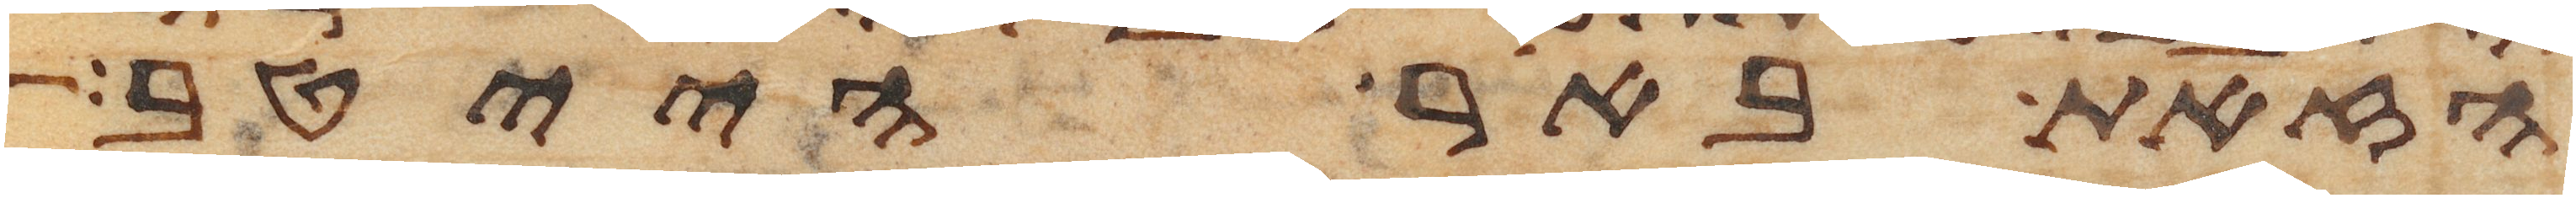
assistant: הזאת באר הייטב